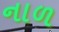
નાળ